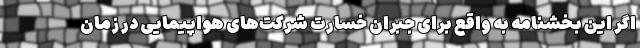
اگر این بخشنامه به واقع برای جبران خسارت شرکت‌های هواپیمایی در زمان